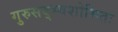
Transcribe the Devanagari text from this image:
गुरुसद्भ्वशोभितः